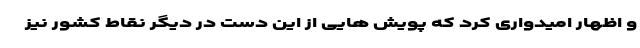
و اظهار امیدواری کرد که پویش هایی از این دست در دیگر نقاط کشور نیز